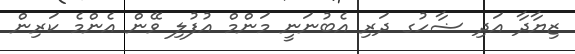
ޒިޔާދާ އަދި ޟާހުގ ދަރި އެބުނަނީ މަންމް އުފުލި ވޭން އެންމެ ކަރިން